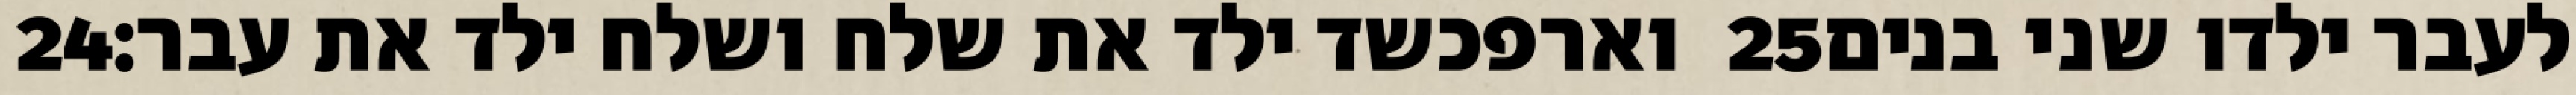
‎24‏ וארפכשד ילד את שלח ושלח ילד את עבר׃ ‎25‏ לעבר ילדו שני בנים